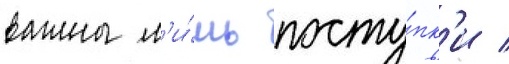
важны л'и́шь посту́пк'и /